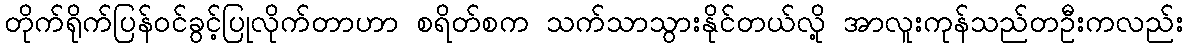
တိုက်ရိုက်ပြန်ဝင်ခွင့်ပြုလိုက်တာဟာ စရိတ်စက သက်သာသွားနိုင်တယ်လို့ အာလူးကုန်သည်တဦးကလည်း